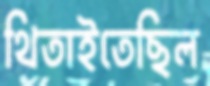
থিতাইতেছিল